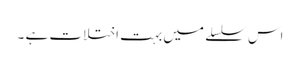
اس سلسلے میں بہت اختلات ہے ۔